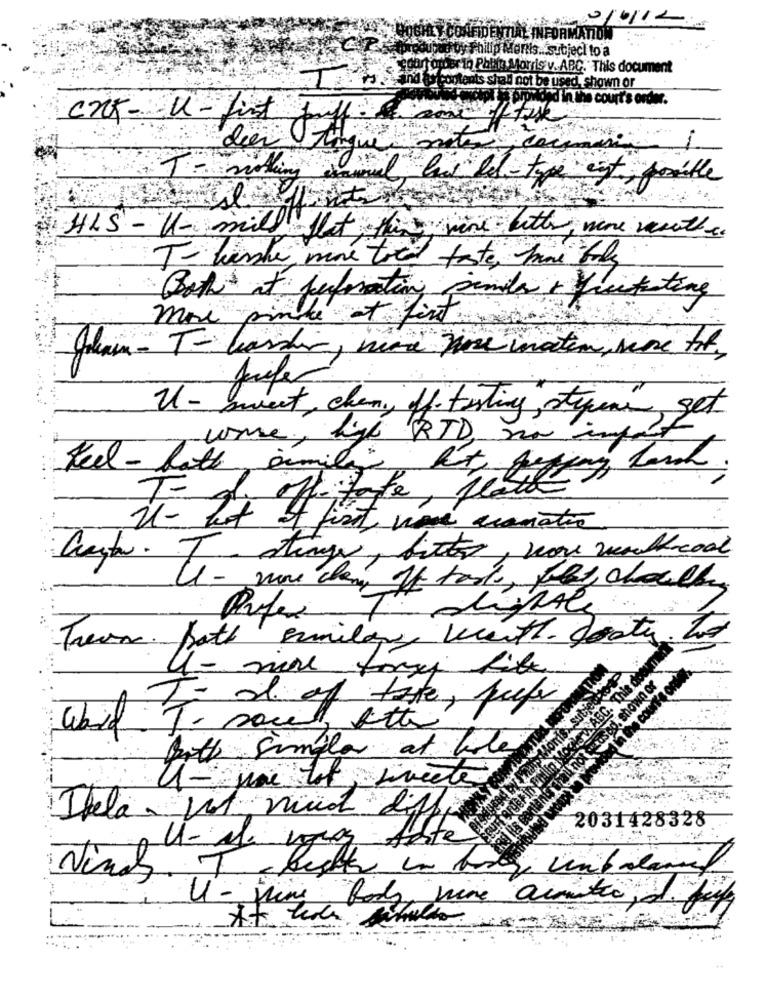
FIDENTIAL INFORMATION : ~*
y Philip Mentis ... subject to a
10 Philip Morris v. ABC. This document
tents shall not be used shown or
hond in the court's order.
cnK - U-fint
dir
il lis hel-type ent, posible
HLS - U- milly
T-liste
mone treo taste, more tools
Both at perforation panda + freetesting
more
vinte et fint.
Jahain - T-larsi
nina pre inatem, men tit,
sweet, chen, ff testing, stepci, set
worse, high RTD, sin import
Feel - late emily
off take us.
U- It & Fist
Carta. T- dinge, bitter, were wolf cool
U- nu chay If taste, fet challe
Refer T diggle
Team. both similary with goaty Los
To al of take, prefer
T- social, etter
Both Simple at lite
Ihela vit mud lil
2031428328
Ninal
3.7
U - Wing body wine aceite